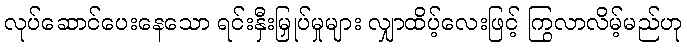
လုပ်ဆောင်ပေးနေသော ရင်းနှီးမြှုပ်မှုများ လျှာထိပ့်လေးဖြင့် ကြွလာလိမ့်မည်ဟု